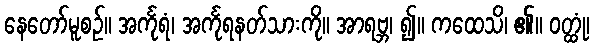
နေတော်မူစဉ်။ အင်္ကုရံ၊ အင်္ကုရနတ်သားကို။ အာရဗ္ဘ၊ ၍။ ကထေသိ၊ ၏။ ဝတ္ထုံ၊